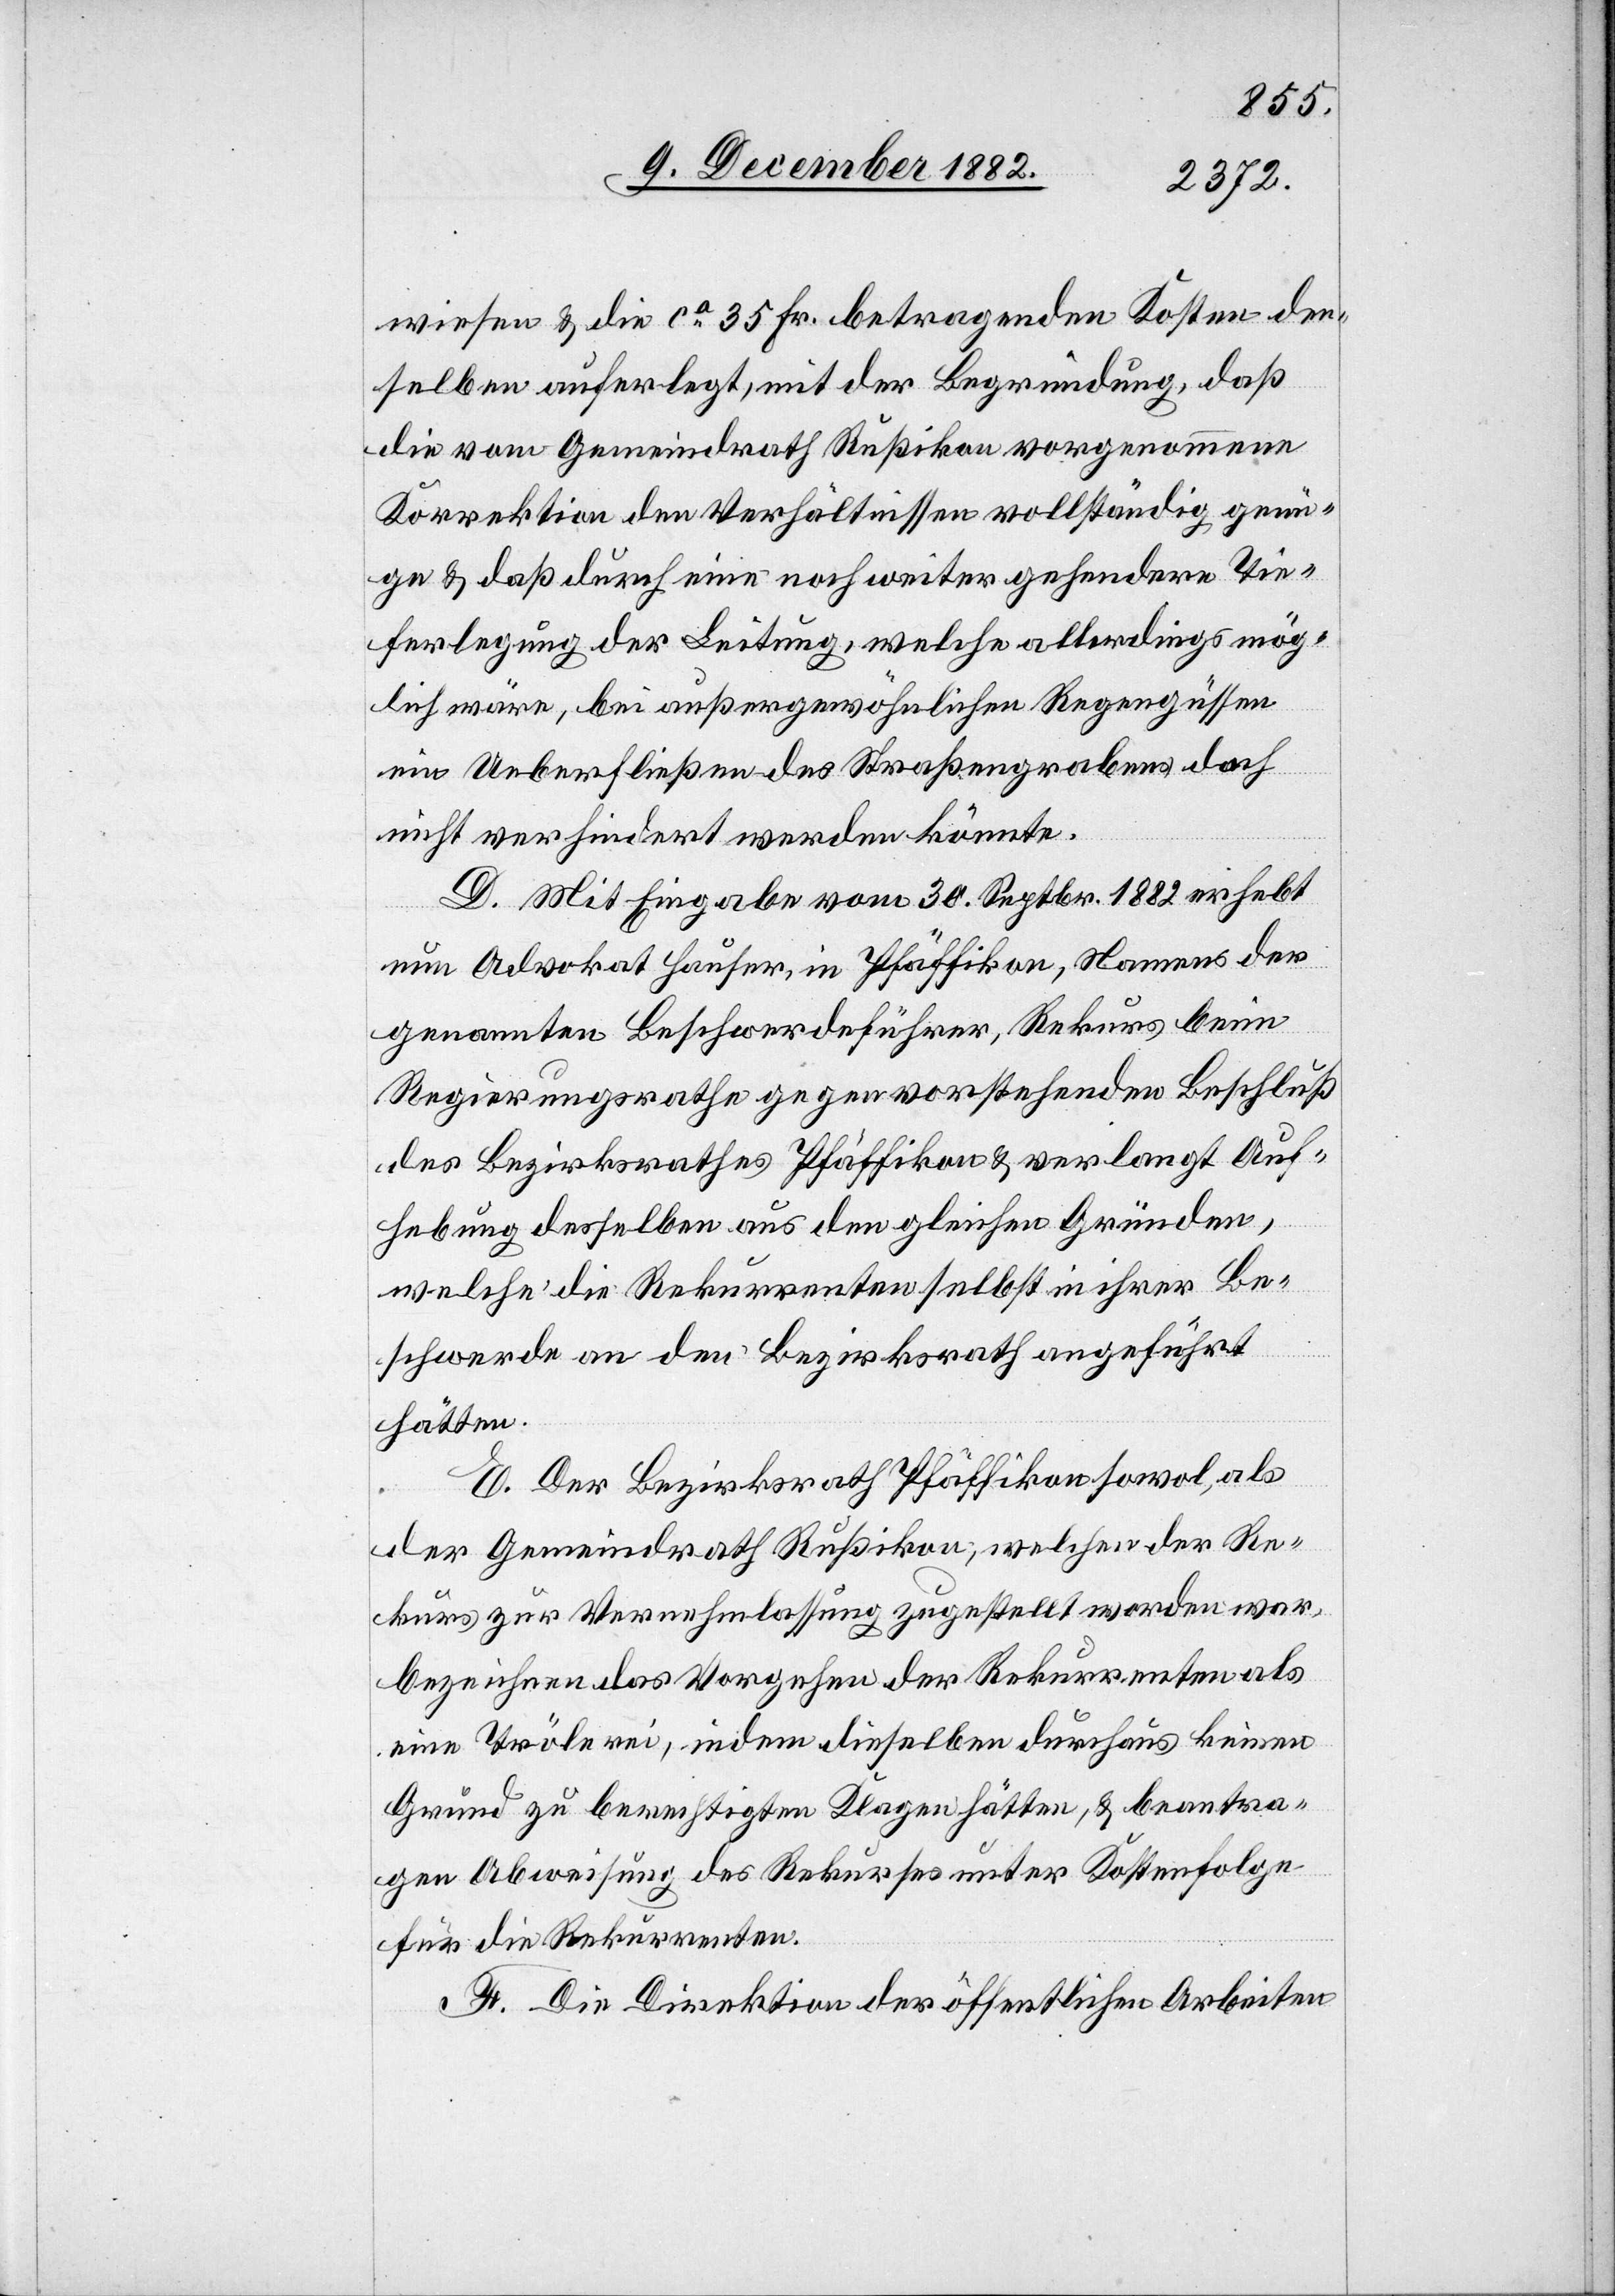
wiesen & die ca 35 Fr. betragenden Kosten der¬
selben auferlegt, mit der Begründung, daß
die vom Gemeindrath Rußikon vorgenommene
Korrektion den Verhältnissen vollständig genü¬
ge & daß durch eine noch weiter gehendere Tie¬
ferlegung der Leitung, welche allerdings mög¬
lich wäre, bei außergewöhnlichen Regengüssen
ein Ueberfließen des Straßengrabens doch
nicht verhindert werden könnte.
D. Mit Eingabe vom 30. Septbr. 1882 erhebt
nun Advokat Hauser, in Pfäffikon, Namens der
genannten Beschwerdeführer, Rekurs beim
Regierungsrathe gegen vorstehenden Beschluß
des Bezirksrathes Pfäffikon & verlangt Auf¬
hebung desselben aus den gleichen Gründen,
welche die Rekurrenten selbst in ihrer Be¬
schwerde an den Bezirksrath angeführt
hätten.
E. Der Bezirksrath Pfäffikon sowol, als
der Gemeindrath Rußikon, welchen der Re¬
kurs zur Vernehmlassung zugestellt worden war,
bezeichnen das Vorgehen der Rekurrenten als
eine Trölerei, indem dieselben durchaus keinen
Grund zu berechtigten Klagen hätten, & beantra¬
gen Abweisung des Rekurses unter Kostenfolge
für die Rekurrenten.
F. Die Direktion der öffentlichen Arbeiten